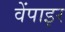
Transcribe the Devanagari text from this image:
वेंपाइर